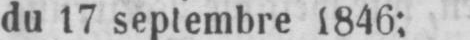
du 17 septembre 1846;